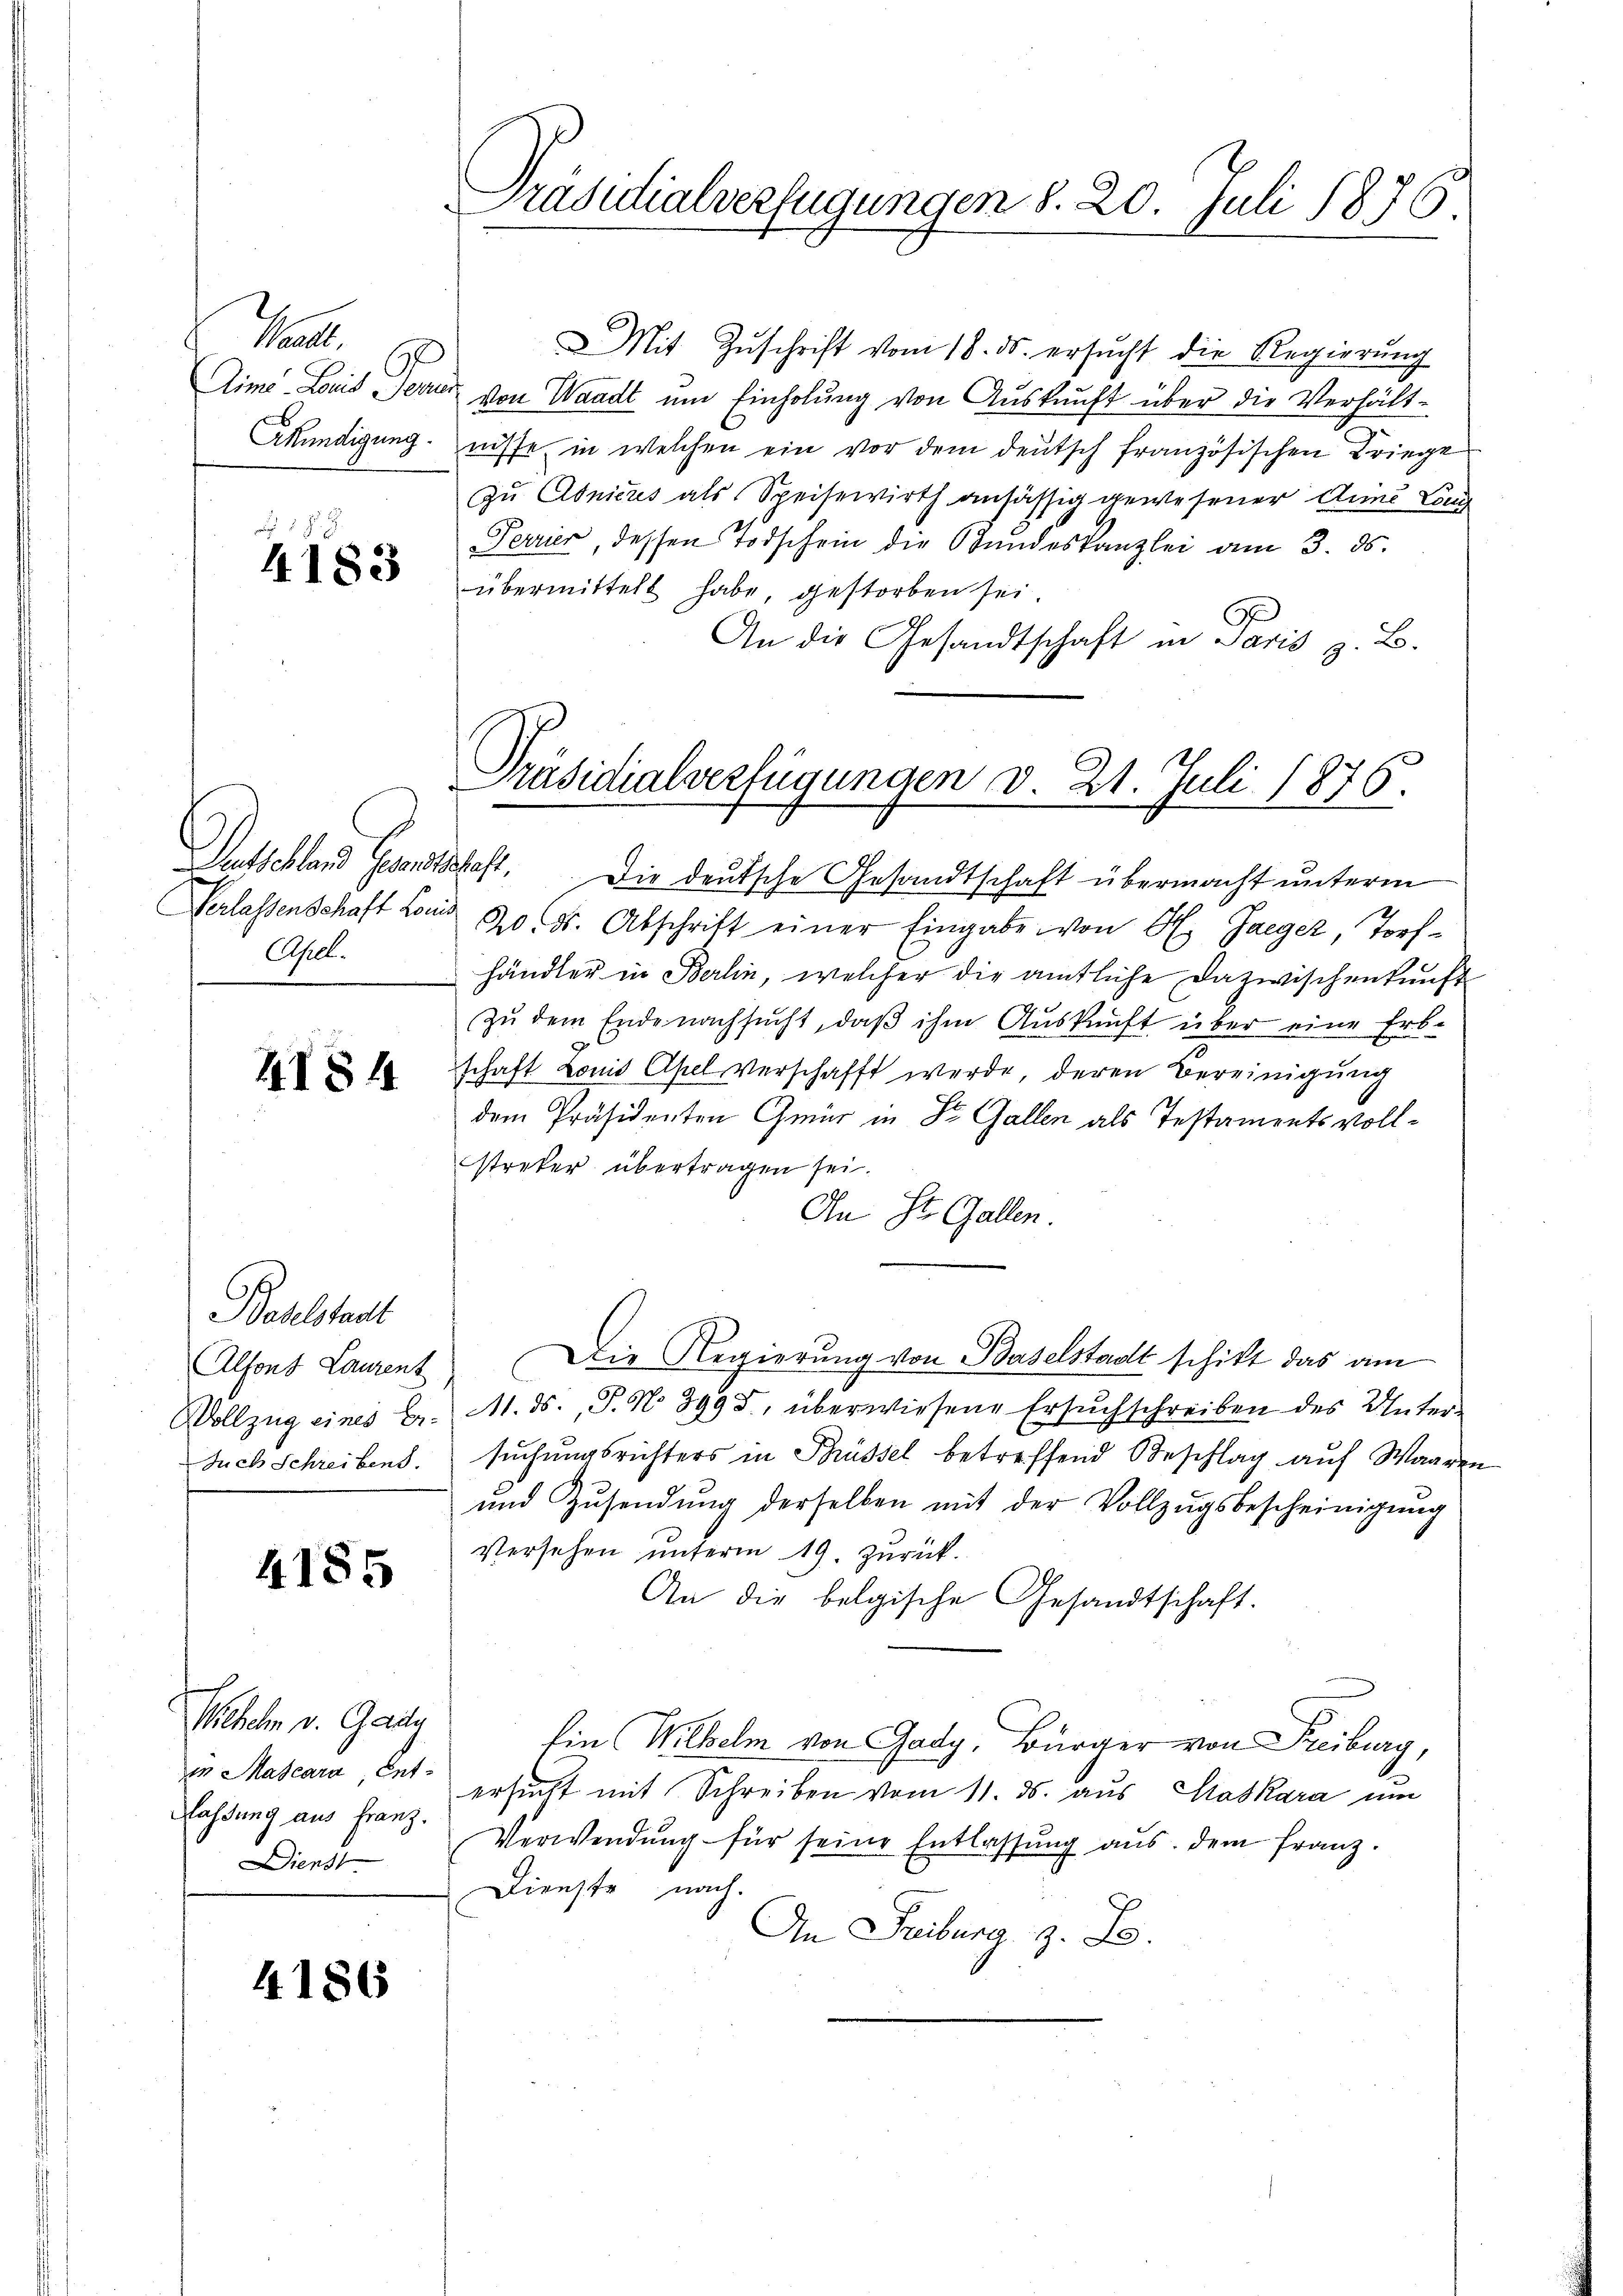
Mart.

4183

Apel.

Baselstadt

4185

ir Mascara, Ent¬
Diens

Wilhelm v. Gady

4186

Mit Zŭschrift vom 18. ds. ersŭcht die Regierŭng
Aim. Louis Ferner von Waadt um Einholung von Auskunft über die Verhält-
Mündigung nisse in welchen ein vor dem deutsch französischen Kriege
zu Abnicus als Speisewirth ansässig gewesener Deine Läng
Ferrier, dessen Todschein die Bundeskanzlei am 3. ds.
übermittelt habe, gestorben sei.
G
An die Gesandtschaft in Paris z. B.
Entschland Gesandtschaft. Die deutsche Gesandtschaft übermacht unterm
Verlassenschaft Louis 20. d. Abschritt einer Eingabe von H. Jaeger, Torfhändler in Berlin, welcher die amtliche Dazwischenkunft
Zu dem Ende nachsucht, daß ihm Auskunft über eine Erb-
schaft Louis Apel verschafft werde, deren Bereinigŭng
dem Präsidenten Gmür in Dr. Gallen als Testamentsvollstreker übertragen sei.
An St. Gallen.
Alfons Laurent. Die Regierung von Baselstadt schikt das am
Wollzug eines Dr. M. ds., S. No 399 d., überwiesene Ersuchschreiben des Unter-
such Schreibens. suchungsrichters in Brüssel betreffend Beschlag aŭf Waaren
und Zŭsendŭng derselben mit der Vollzŭgsbescheinigung
Versehen unterm 19. zurück.
An die belgische Gesandtschaft.
Ein Wilhelm von Gady, Bürger von Freiburg,
ersucht mit Schreiben vom 11. ds. aus Gaskara um
lassŭng aus Franz. Verwendŭng für seine Entlassŭng aŭs dem franz.
Dienste nach.
An Freiburg z. B.

Präsidialverfügungen S. 20. Juli 1876.

Präsidialverfügungen v. 21. Juli 1876.